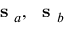
\mathrm { ~ \bf ~ s ~ } _ { a } , \mathrm { ~ \bf ~ s ~ } _ { b }